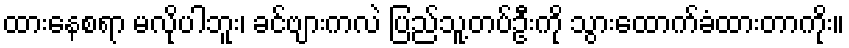
ထားနေစရာ မလိုပါဘူး၊ ခင်ဗျားကလဲ ပြည်သူ့တပ်ဦးကို သွားထောက်ခံထားတာကိုး။